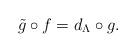
LaTeX: \begin{align*}\tilde g \circ f = d_\Lambda \circ g.\end{align*}